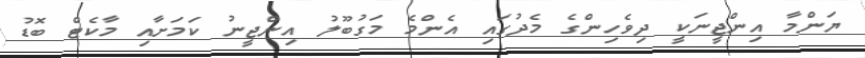
ޔަންމާ އިންޖީނަކީ ދިވެހިންގެ މެދުގައި އެންމެ މަގުބޫލު އިންޖީނު ކަމަށާއި މާކެޓް ބޮޑު